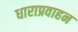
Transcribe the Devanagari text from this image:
धाराप्रवाहन